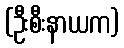
(ဦးစီးနာယက)